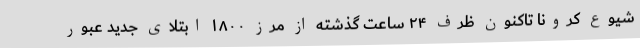
شیوع کرونا تاکنون ظرف ۲۴ ساعت گذشته از مرز ۱۸۰۰ ابتلای جدید عبور